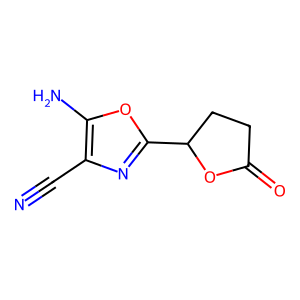
SMILES: N#Cc1nc(C2CCC(=O)O2)oc1N
Inhibits HIV replication: No